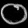
Digit: ၀